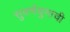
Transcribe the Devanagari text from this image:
सुवर्णयुगाची